Leningradi_Edasi_toimetus, lk 21
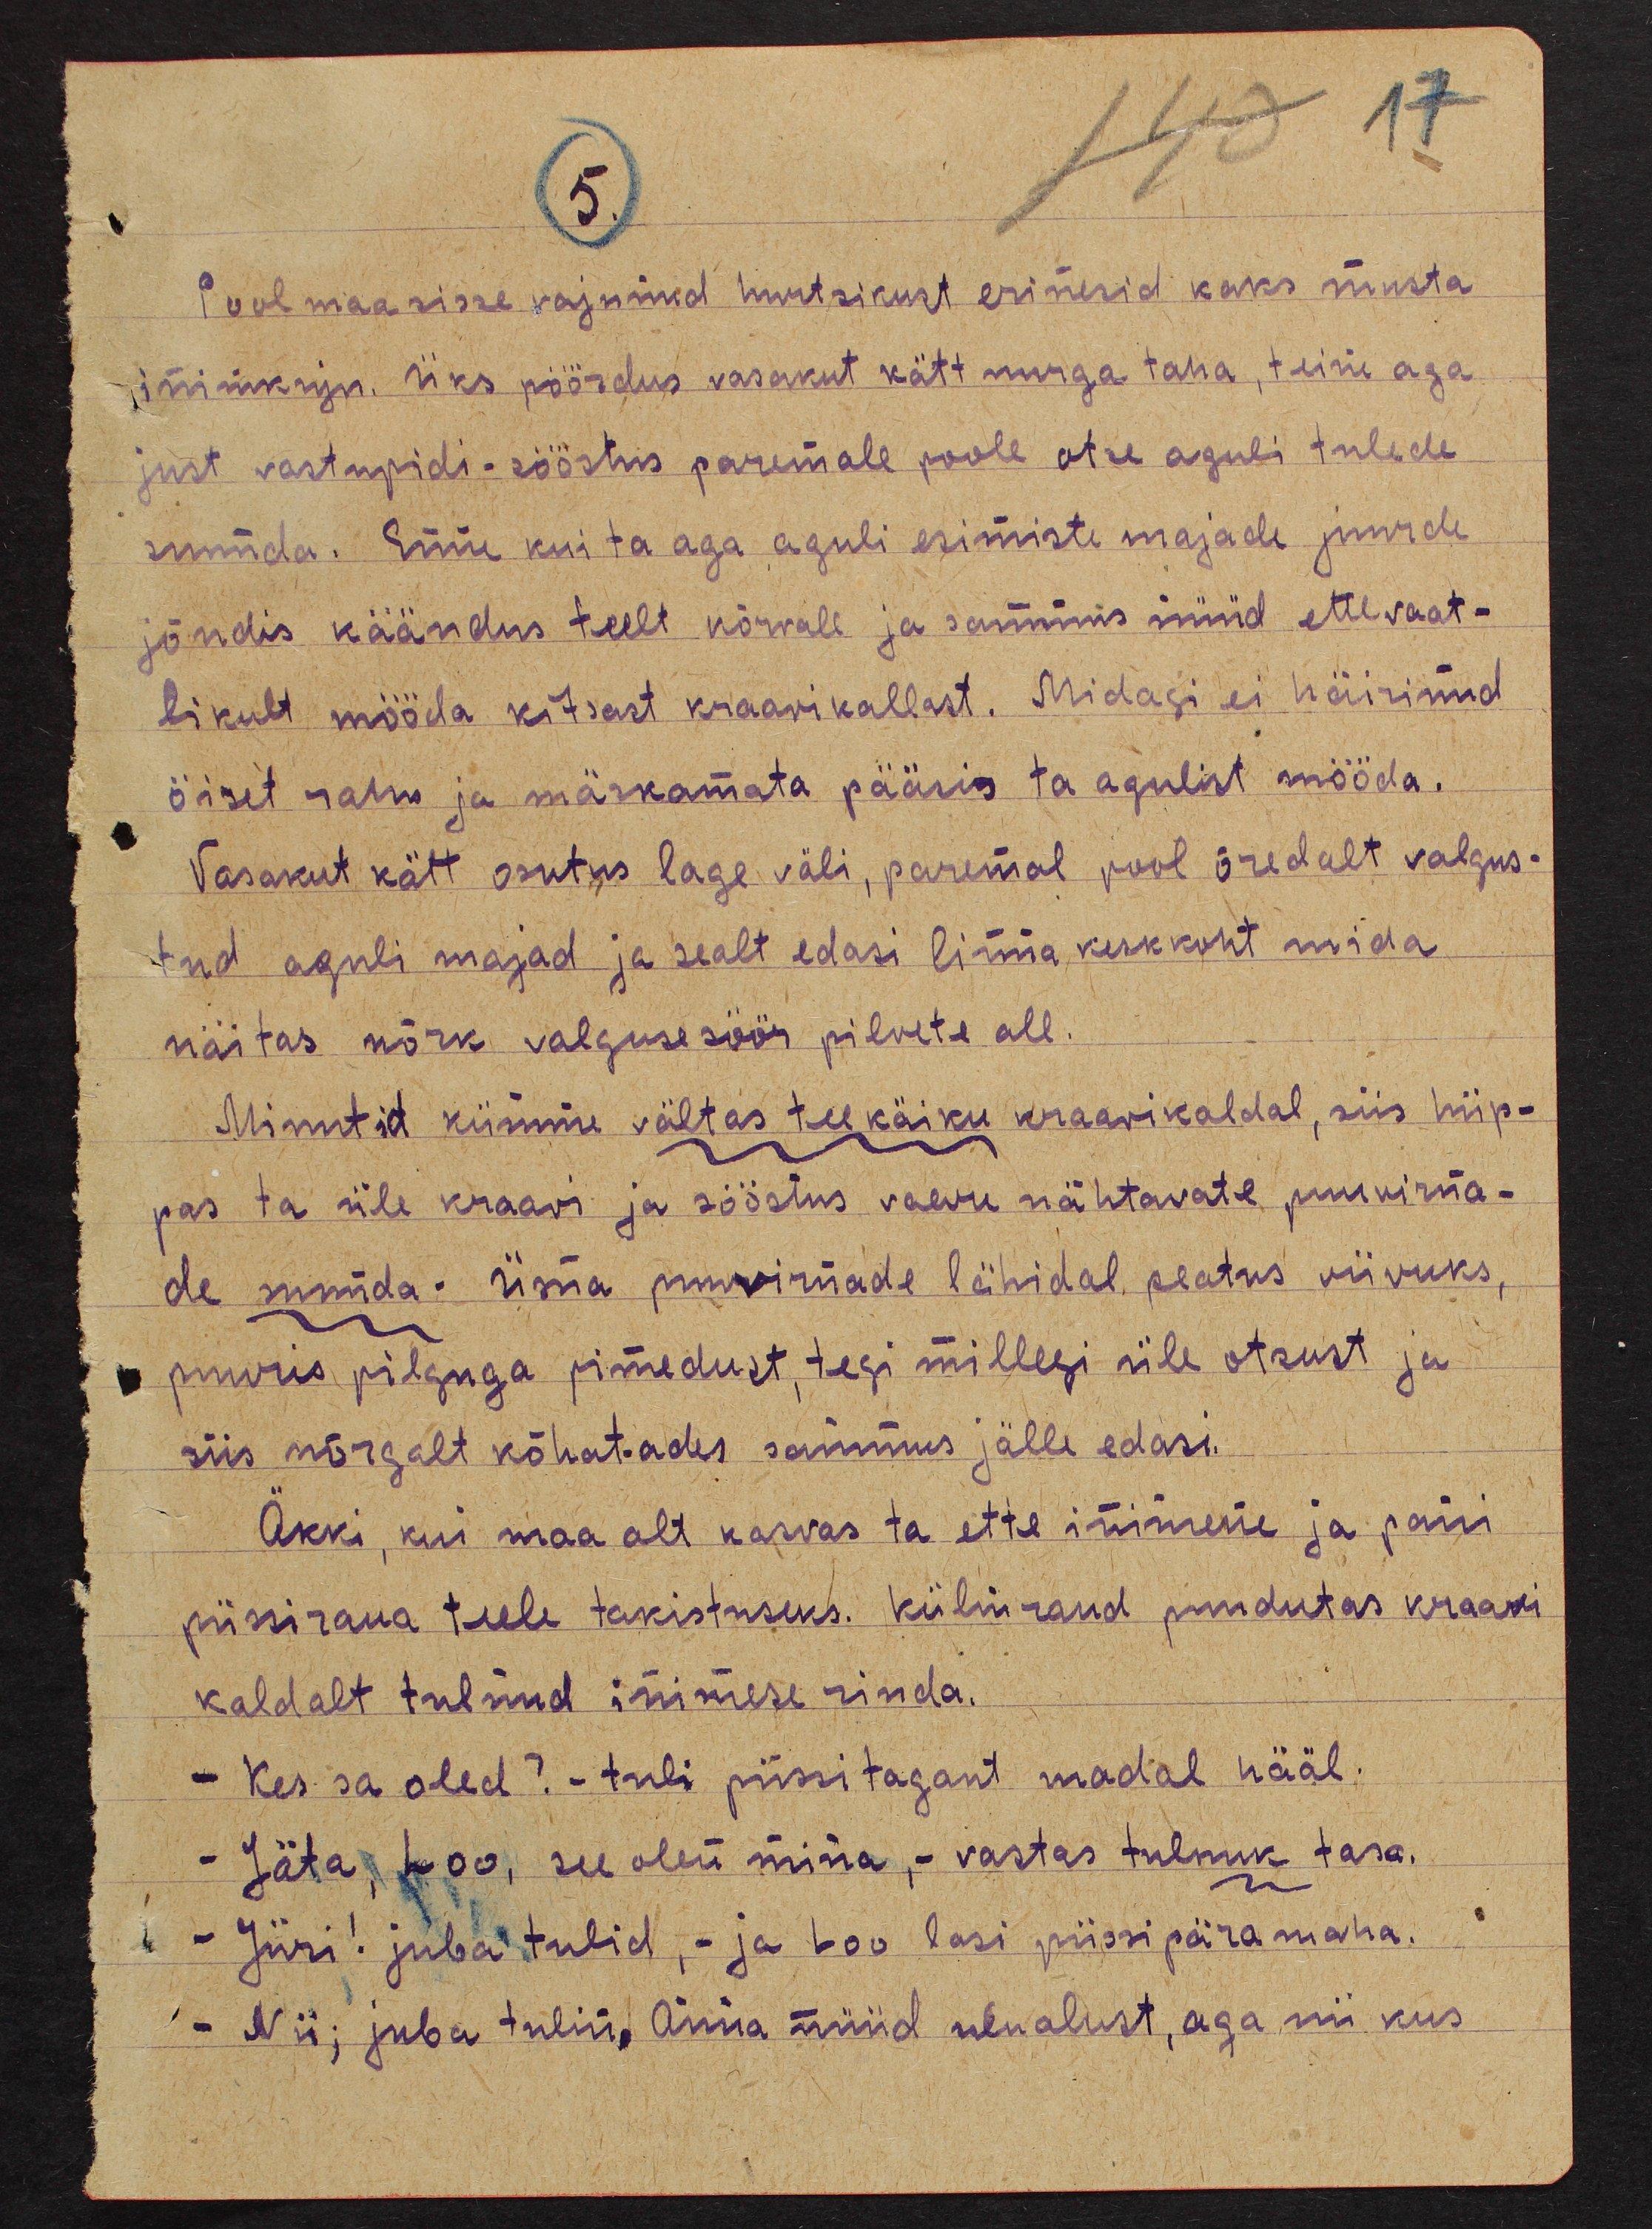
5.
Pool maa sisse vajunud hurtsikust erinesid kaks musta
inimukuju. Üks pöördus vasakut kätt nurga taha, teine aga
just vastupidi - sööstus paremale poole otse aguli tulede
suunda. Enne kui ta aga aguli esimiste majade juurde
jõudis käändus teelt kõrvale ja sammus nüüd ettevaat-
likult mööda kitsast kraavikallast. Midagi ei häirinud
öiset rahu ja märkamata pääsis ta agulist mööda.
Vasakut kätt osutus lage väli, paremal pool õredalt valgus-
tud aguli majad ja sealt edasi linna keskkoht mida
näitas nõrk valgusesöör pilvete all.
Minutid kümme vältas tee käiku kraawikaldal, siis hüp-
pas ta üle kraavi ja sööstus vaevu nähtavate puuvirna-
de suunda. Üsna puuvirnade lähidal peatus viivuks,
puuris pilguga pimedust, tegi millegi üle otsust ja
siis nõrgalt kõhat-ades sammus jälle edasi.
Äkki, kui maa alt kasvas ta ette inimene ja pani
püssiraua teele takistuseks. Külmraud puudutas kraavi
kaldalt tulnud inimese rinda.
- Kes sa oled? - tuli püssi tagant madal hääl.
- Jäta, Loo, see olen mina, - vastas tulnuk tasa.
- Jüri! juba tulid, - ja Loo lasi püssipära maha.
- Nii, juba tulin. Anna nüüd ulualust, aga nii kus